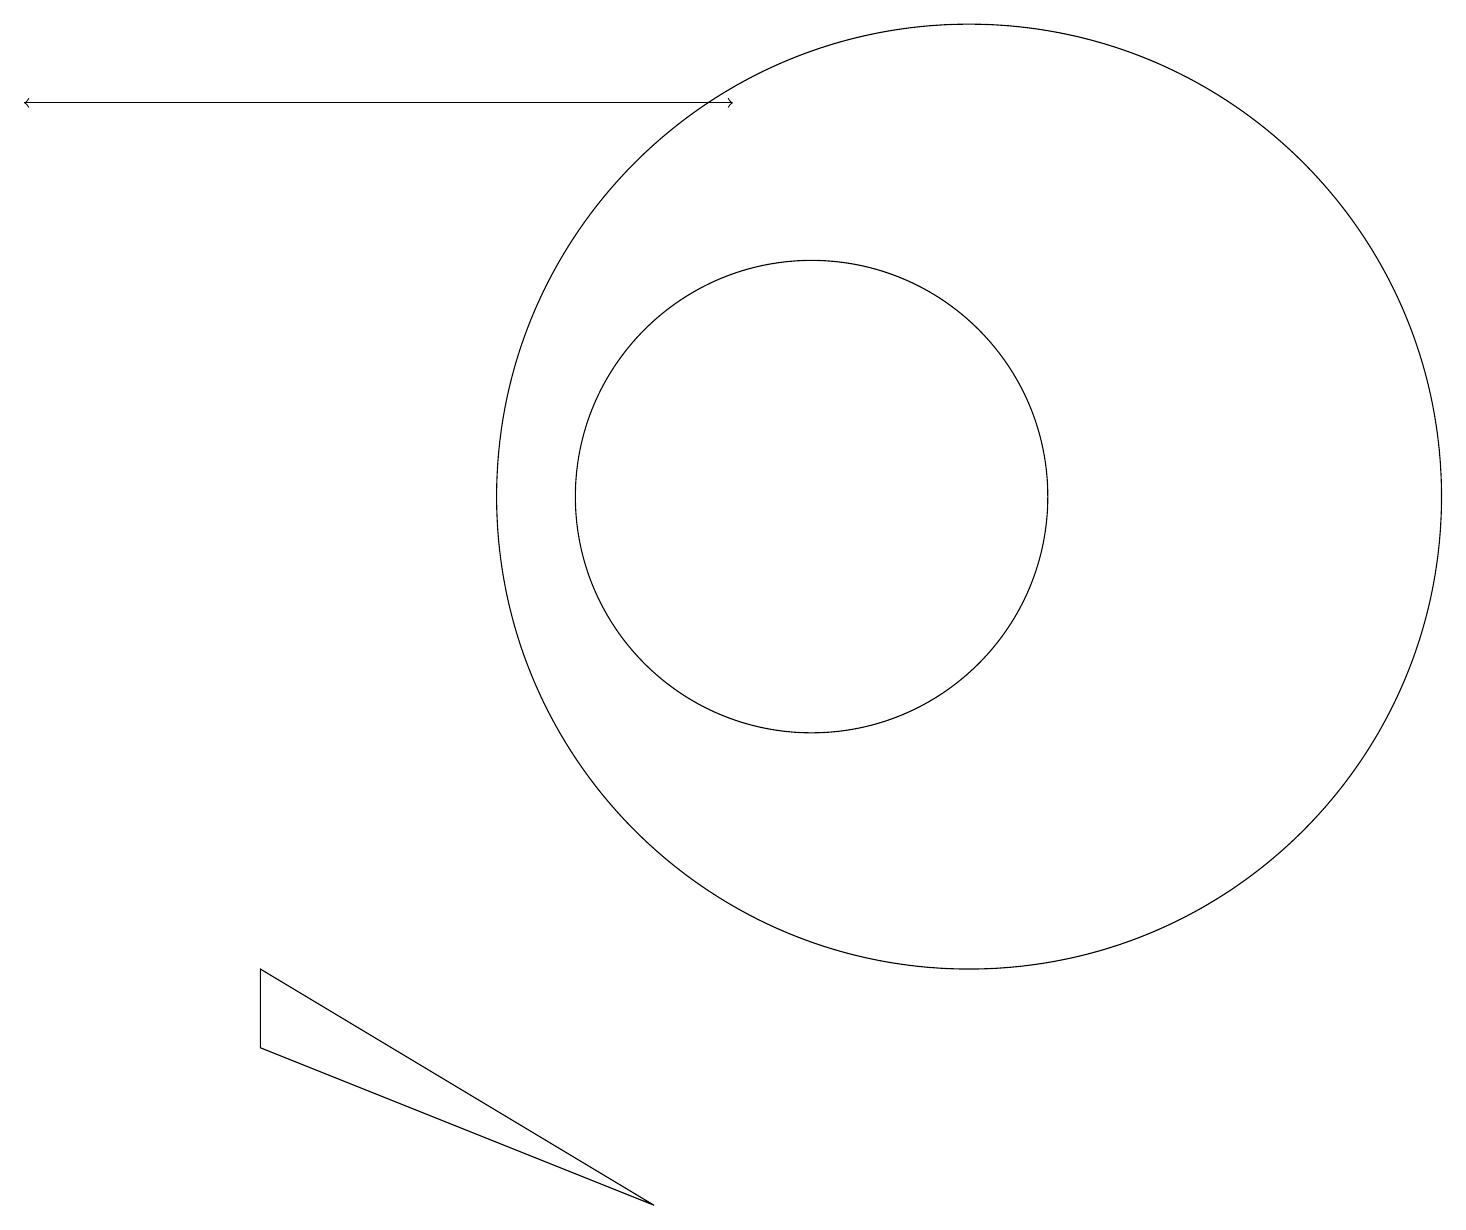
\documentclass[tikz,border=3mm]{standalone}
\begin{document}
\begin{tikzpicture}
\draw[->] (2,17) -- (0,17);
\draw[->] (0,17) -- (9,17);
\draw (3,6) -- (3,5) -- (8,3) -- cycle;
\draw (10,12) circle (3);
\draw (12,12) circle (6);
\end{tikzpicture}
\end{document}